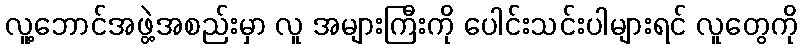
လူ့ဘောင်အဖွဲ့အစည်းမှာ လူ အများကြီးကို ပေါင်းသင်းပါများရင် လူတွေကို